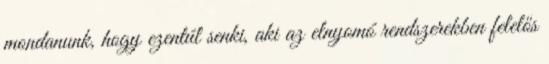
mondanunk, hogy ezentúl senki, aki az elnyomó rendszerekben felelős